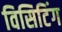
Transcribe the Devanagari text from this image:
विसिटिंग